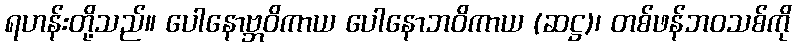
ရဟန်းတို့သည်။ ပေါနောဗ္ဘဝိကာယ ပေါနောဘဝိကာယ (ဆဋ္ဌ)၊ တစ်ဖန်ဘဝသစ်ကို